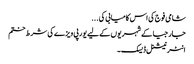
شامی فوج کی اس کامیابی کی ...
جارجیا کے شہریوں کے لیے یورپی ویزے کی شرط ختم
انٹر نیشنل ڈیسک۔